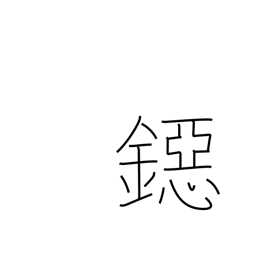
Meaning: coin of smallest value